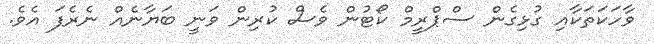
ވާހަކަތަކާއި ގުޅިގެން ސްޕްރީމް ކޯޓުން ވެސް ކުރިން ވަނީ ބަޔާނެއް ނެރެފަ އެވެ.